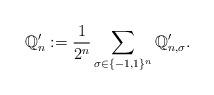
LaTeX: \begin{align*}\mathbb{Q}_{n}':= \frac{1}{2^{n}}\sum_{\sigma\in \{-1, 1 \}^{n}} \mathbb{Q}_{n,\sigma}'.\end{align*}